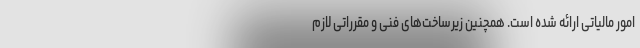
امور مالیاتی ارائه شده است. همچنین زیرساخت‌های فنی و مقرراتی لازم